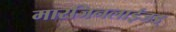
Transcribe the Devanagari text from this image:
मारजिनलाईजड्